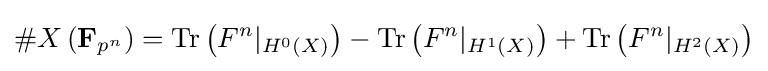
\#X\left(\mathbf {F} _{p^{n}}\right)=\operatorname {Tr} \left(F^{n}|_{H^{0}(X)}\right)-\operatorname {Tr} \left(F^{n}|_{H^{1}(X)}\right)+\operatorname {Tr} \left(F^{n}|_{H^{2}(X)}\right)